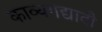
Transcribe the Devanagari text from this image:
काव्यगद्यादी